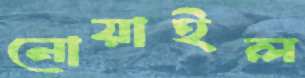
নোয়াইল